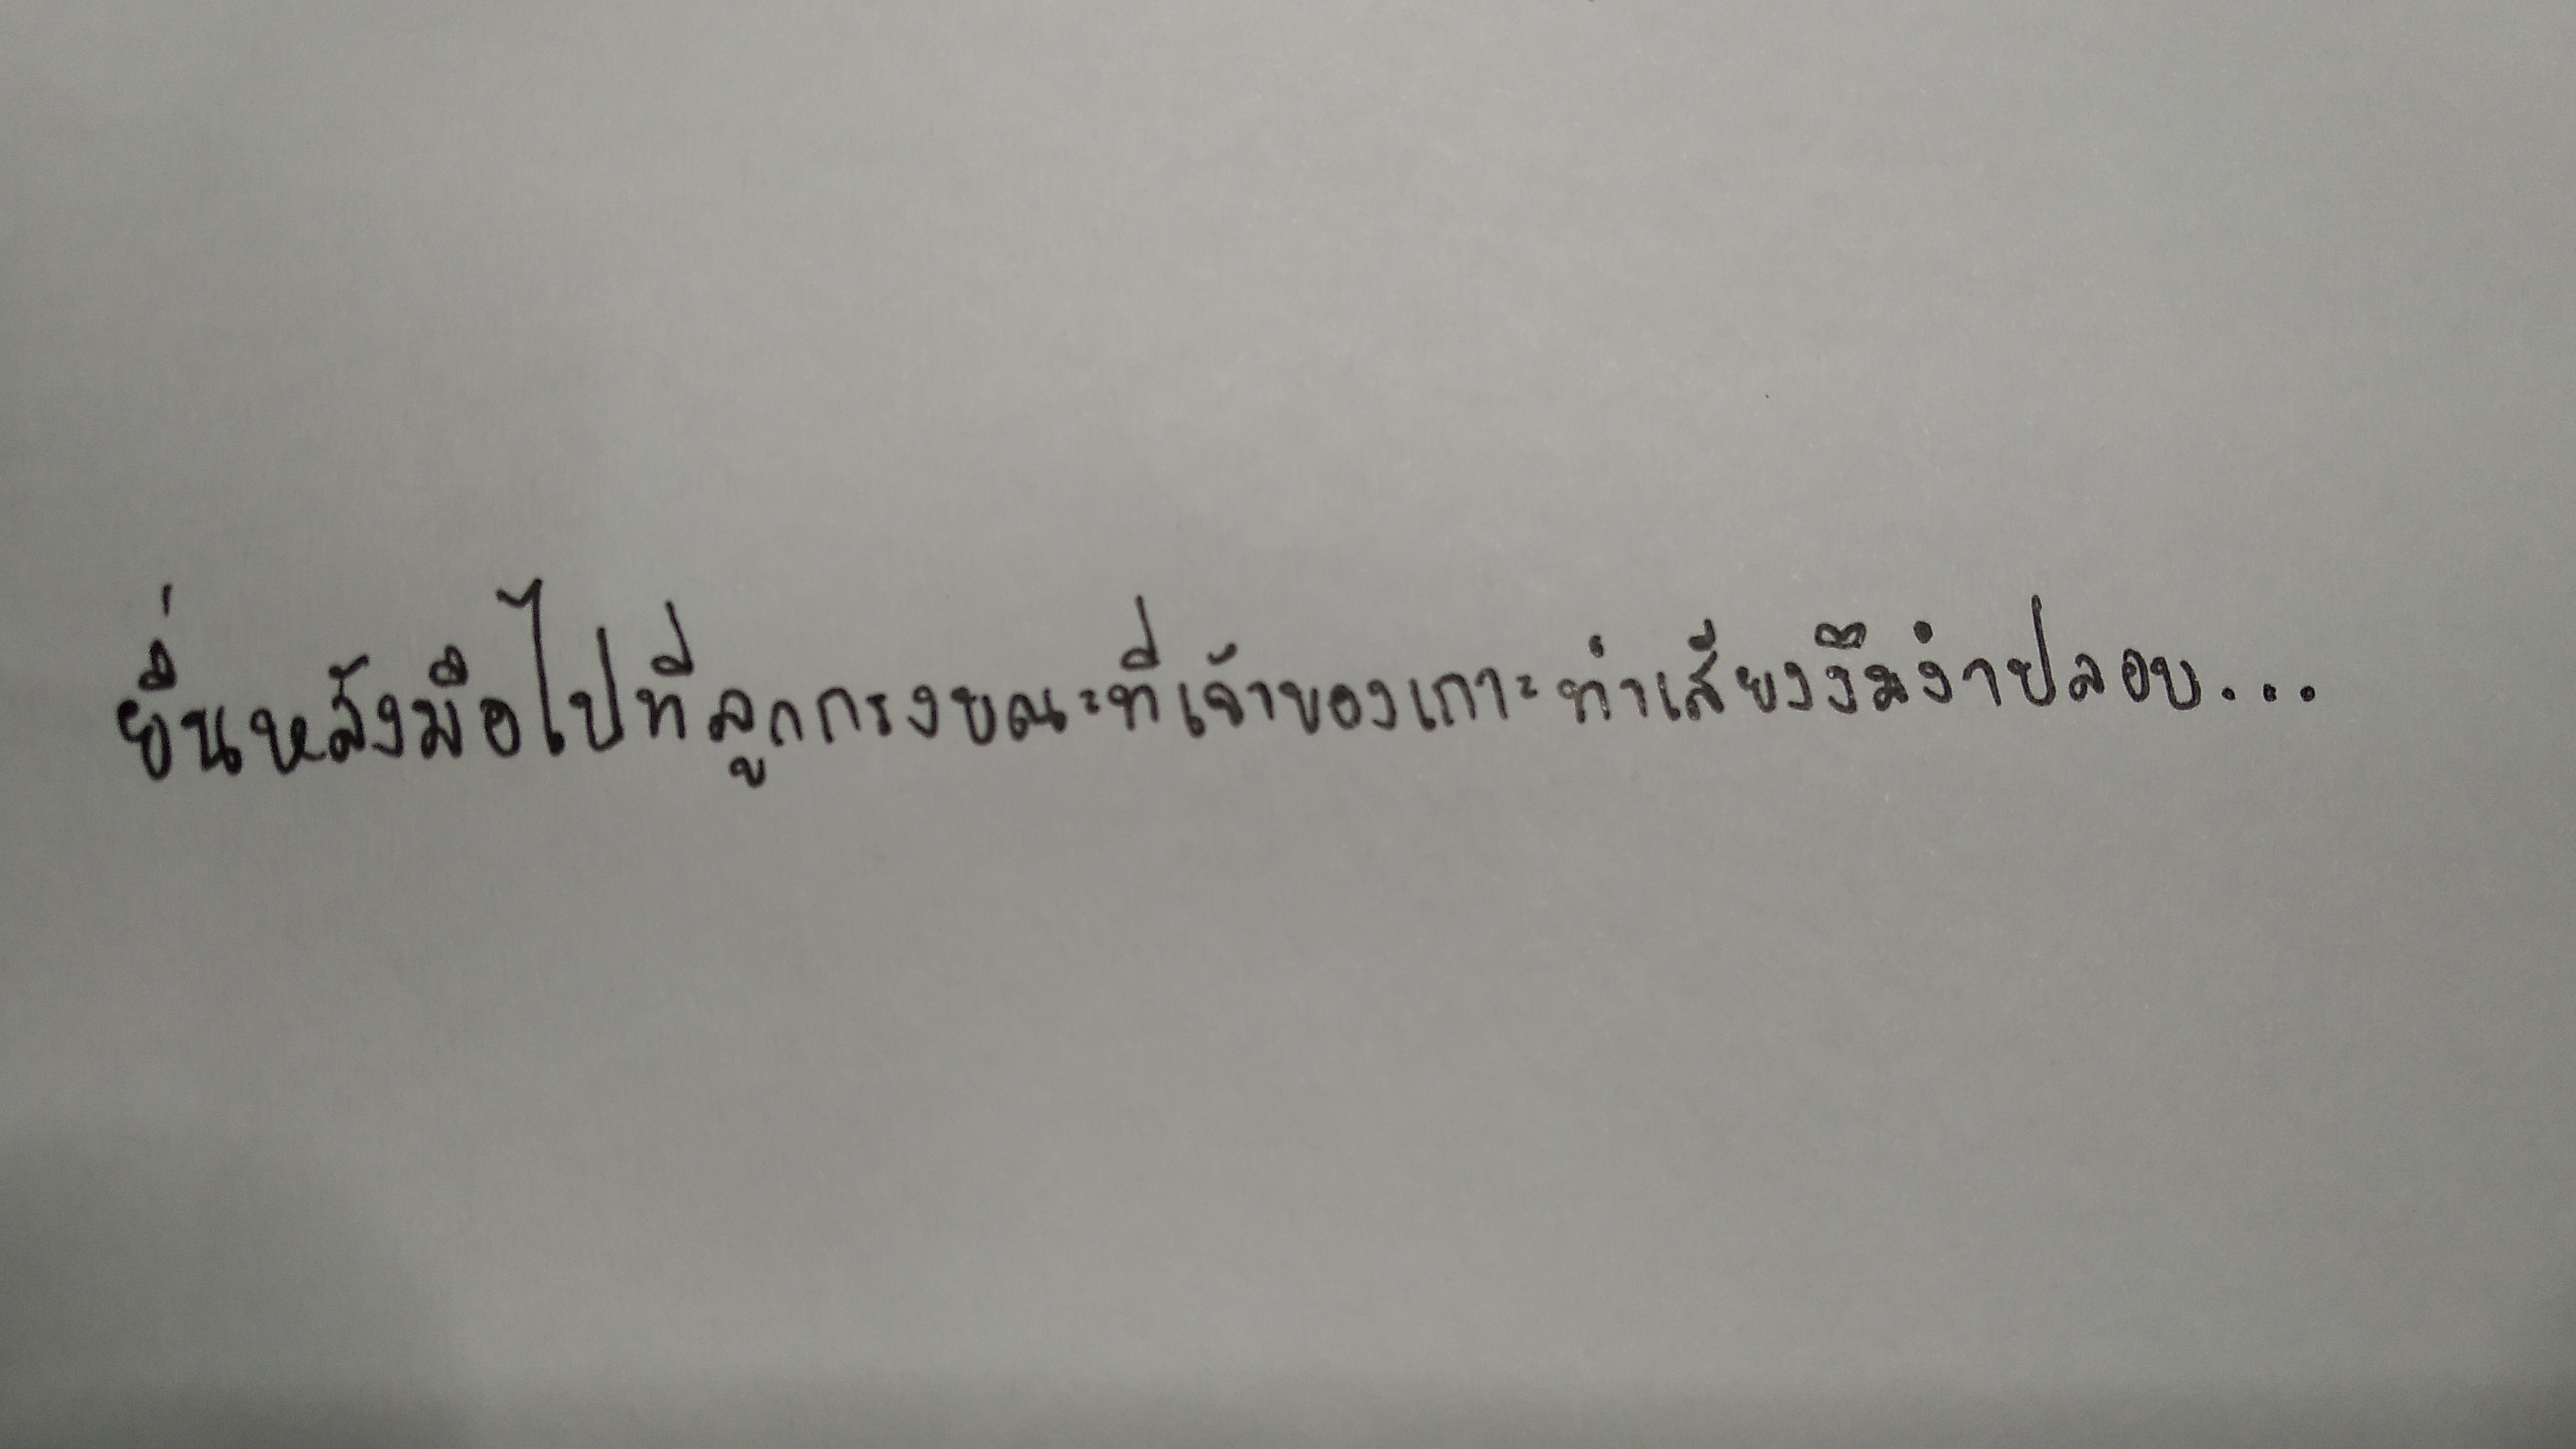
ยื่นหลังมือไปที่ลูกกรงขณะที่เจ้าของเกาะทำเสียงงึมงำปลอบ...